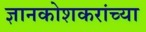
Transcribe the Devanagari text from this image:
ज्ञानकोशकरांच्या